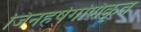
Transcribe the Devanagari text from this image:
जिनहर्षगणिकृत